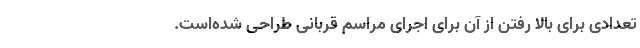
تعدادی برای بالا رفتن از آن برای اجرای مراسم قربانی طراحی شده‌است.